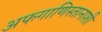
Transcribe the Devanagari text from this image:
अफगाणिस्तानाशी